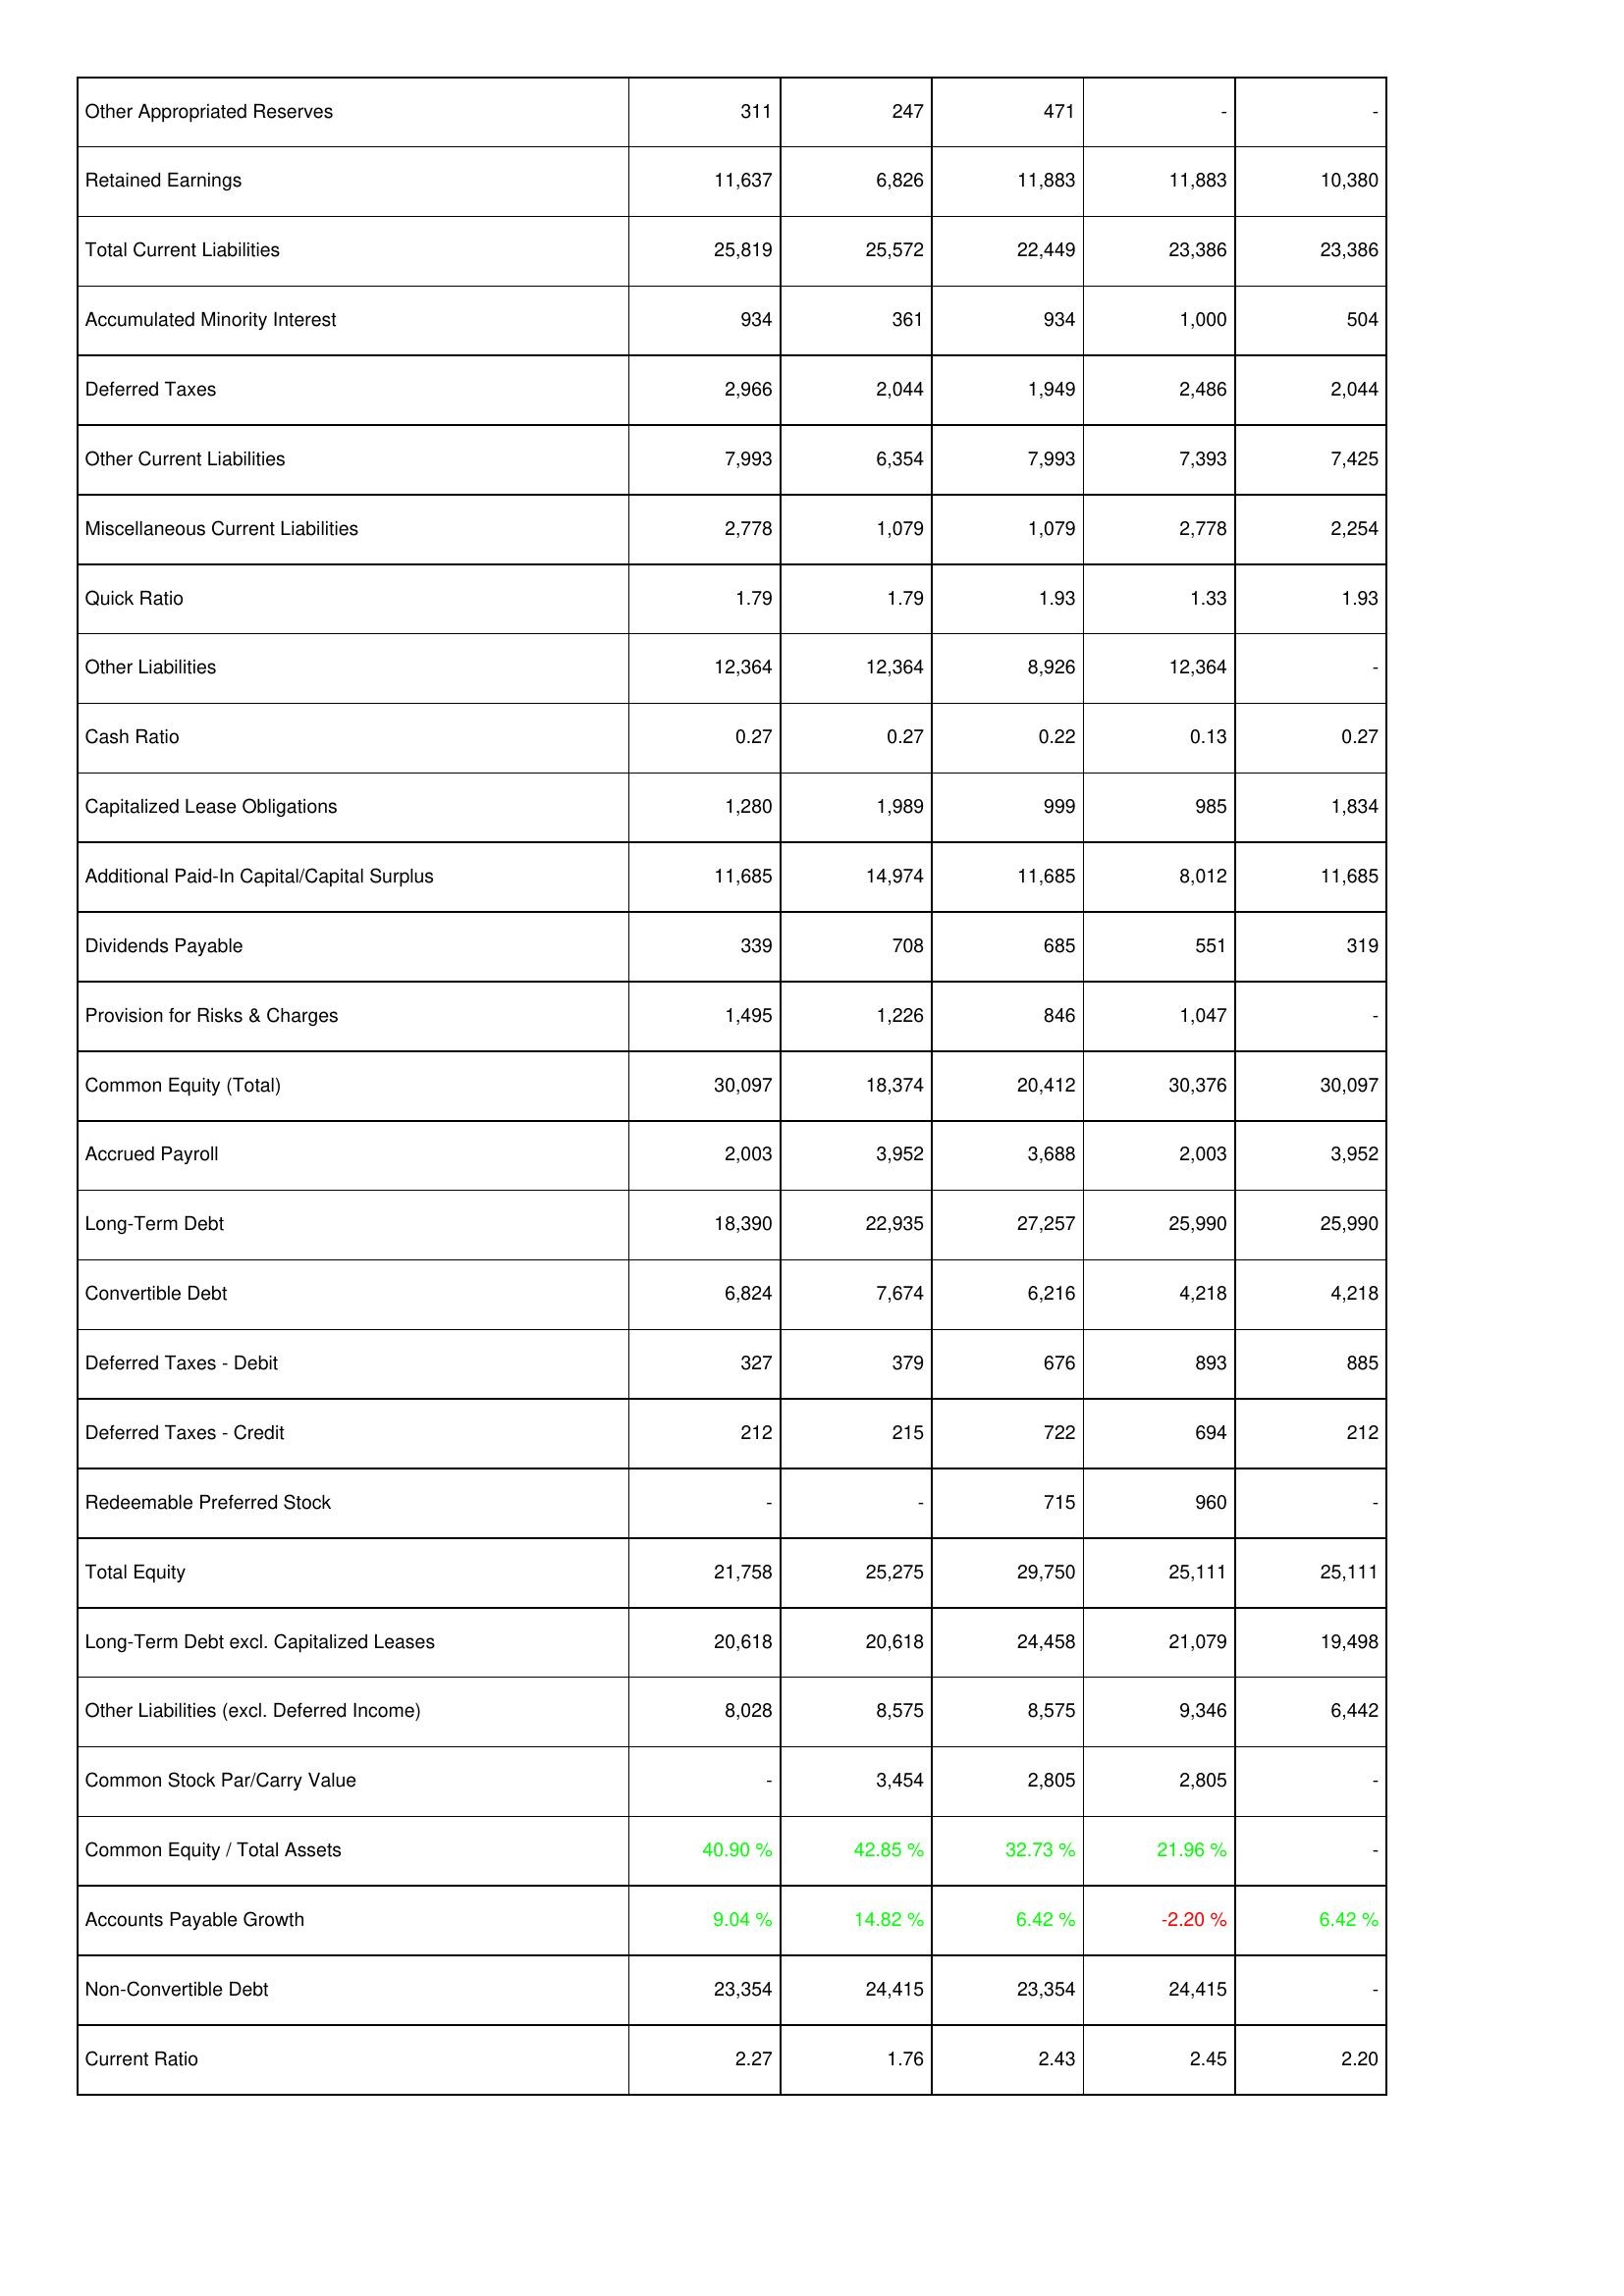
2019: Liabilities & Shareholders' Equity: Other Appropriated Reserves: 311
Retained Earnings: 11,637
Total Current Liabilities: 25,819
Accumulated Minority Interest: 934
Deferred Taxes: 2,966
Other Current Liabilities: 7,993
Miscellaneous Current Liabilities: 2,778
Quick Ratio: 1.79
Other Liabilities: 12,364
Cash Ratio: 0.27
Capitalized Lease Obligations: 1,280
Additional Paid-In Capital/Capital Surplus: 11,685
Dividends Payable: 339
Provision for Risks & Charges: 1,495
Common Equity (Total): 30,097
Accrued Payroll: 2,003
Long-Term Debt: 18,390
Convertible Debt: 6,824
Deferred Taxes - Debit: 327
Deferred Taxes - Credit: 212
Redeemable Preferred Stock: -
Total Equity: 21,758
Long-Term Debt excl. Capitalized Leases: 20,618
Other Liabilities (excl. Deferred Income): 8,028
Common Stock Par/Carry Value: -
Common Equity / Total Assets: 40.90 %
Accounts Payable Growth: 9.04 %
Non-Convertible Debt: 23,354
Current Ratio: 2.27
2020: Liabilities & Shareholders' Equity: Other Appropriated Reserves: 247
Retained Earnings: 6,826
Total Current Liabilities: 25,572
Accumulated Minority Interest: 361
Deferred Taxes: 2,044
Other Current Liabilities: 6,354
Miscellaneous Current Liabilities: 1,079
Quick Ratio: 1.79
Other Liabilities: 12,364
Cash Ratio: 0.27
Capitalized Lease Obligations: 1,989
Additional Paid-In Capital/Capital Surplus: 14,974
Dividends Payable: 708
Provision for Risks & Charges: 1,226
Common Equity (Total): 18,374
Accrued Payroll: 3,952
Long-Term Debt: 22,935
Convertible Debt: 7,674
Deferred Taxes - Debit: 379
Deferred Taxes - Credit: 215
Redeemable Preferred Stock: -
Total Equity: 25,275
Long-Term Debt excl. Capitalized Leases: 20,618
Other Liabilities (excl. Deferred Income): 8,575
Common Stock Par/Carry Value: 3,454
Common Equity / Total Assets: 42.85 %
Accounts Payable Growth: 14.82 %
Non-Convertible Debt: 24,415
Current Ratio: 1.76
2021: Liabilities & Shareholders' Equity: Other Appropriated Reserves: 471
Retained Earnings: 11,883
Total Current Liabilities: 22,449
Accumulated Minority Interest: 934
Deferred Taxes: 1,949
Other Current Liabilities: 7,993
Miscellaneous Current Liabilities: 1,079
Quick Ratio: 1.93
Other Liabilities: 8,926
Cash Ratio: 0.22
Capitalized Lease Obligations: 999
Additional Paid-In Capital/Capital Surplus: 11,685
Dividends Payable: 685
Provision for Risks & Charges: 846
Common Equity (Total): 20,412
Accrued Payroll: 3,688
Long-Term Debt: 27,257
Convertible Debt: 6,216
Deferred Taxes - Debit: 676
Deferred Taxes - Credit: 722
Redeemable Preferred Stock: 715
Total Equity: 29,750
Long-Term Debt excl. Capitalized Leases: 24,458
Other Liabilities (excl. Deferred Income): 8,575
Common Stock Par/Carry Value: 2,805
Common Equity / Total Assets: 32.73 %
Accounts Payable Growth: 6.42 %
Non-Convertible Debt: 23,354
Current Ratio: 2.43
2022: Liabilities & Shareholders' Equity: Other Appropriated Reserves: -
Retained Earnings: 11,883
Total Current Liabilities: 23,386
Accumulated Minority Interest: 1,000
Deferred Taxes: 2,486
Other Current Liabilities: 7,393
Miscellaneous Current Liabilities: 2,778
Quick Ratio: 1.33
Other Liabilities: 12,364
Cash Ratio: 0.13
Capitalized Lease Obligations: 985
Additional Paid-In Capital/Capital Surplus: 8,012
Dividends Payable: 551
Provision for Risks & Charges: 1,047
Common Equity (Total): 30,376
Accrued Payroll: 2,003
Long-Term Debt: 25,990
Convertible Debt: 4,218
Deferred Taxes - Debit: 893
Deferred Taxes - Credit: 694
Redeemable Preferred Stock: 960
Total Equity: 25,111
Long-Term Debt excl. Capitalized Leases: 21,079
Other Liabilities (excl. Deferred Income): 9,346
Common Stock Par/Carry Value: 2,805
Common Equity / Total Assets: 21.96 %
Accounts Payable Growth: -2.20 %
Non-Convertible Debt: 24,415
Current Ratio: 2.45
2023: Liabilities & Shareholders' Equity: Other Appropriated Reserves: -
Retained Earnings: 10,380
Total Current Liabilities: 23,386
Accumulated Minority Interest: 504
Deferred Taxes: 2,044
Other Current Liabilities: 7,425
Miscellaneous Current Liabilities: 2,254
Quick Ratio: 1.93
Other Liabilities: -
Cash Ratio: 0.27
Capitalized Lease Obligations: 1,834
Additional Paid-In Capital/Capital Surplus: 11,685
Dividends Payable: 319
Provision for Risks & Charges: -
Common Equity (Total): 30,097
Accrued Payroll: 3,952
Long-Term Debt: 25,990
Convertible Debt: 4,218
Deferred Taxes - Debit: 885
Deferred Taxes - Credit: 212
Redeemable Preferred Stock: -
Total Equity: 25,111
Long-Term Debt excl. Capitalized Leases: 19,498
Other Liabilities (excl. Deferred Income): 6,442
Common Stock Par/Carry Value: -
Common Equity / Total Assets: -
Accounts Payable Growth: 6.42 %
Non-Convertible Debt: -
Current Ratio: 2.20